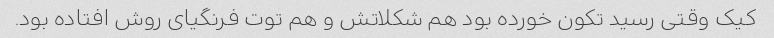
کیک وقتی رسید تکون خورده بود هم شکلاتش و هم توت فرنگیای روش افتاده بود.